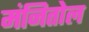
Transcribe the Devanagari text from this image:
मंनितोल